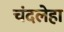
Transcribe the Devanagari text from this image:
चंदलेहा